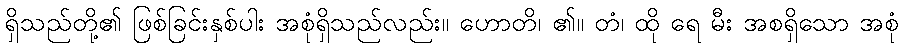
ရှိသည်တို့၏ ဖြစ်ခြင်းနှစ်ပါး အစုံရှိသည်လည်း။ ဟောတိ၊ ၏။ တံ၊ ထို ရေ မီး အစရှိသော အစုံ